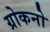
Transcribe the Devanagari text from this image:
ग्रोकनो